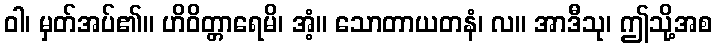
ဝါ၊ မှတ်အပ်၏။ ဟိဝိတ္တာရေမိ၊ အံ့။ သောတာယတနံ၊ လ။ အာဒီသု၊ ဤသို့အစ